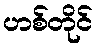
ဟစ်တိုင်